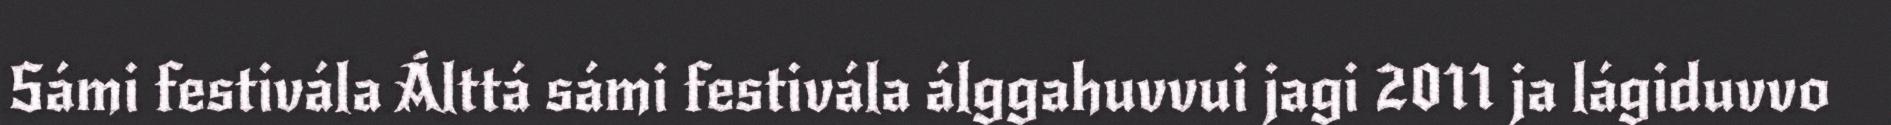
Sámi festivála Álttá sámi festivála álggahuvvui jagi 2011 ja lágiduvvo